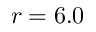
r = 6 . 0